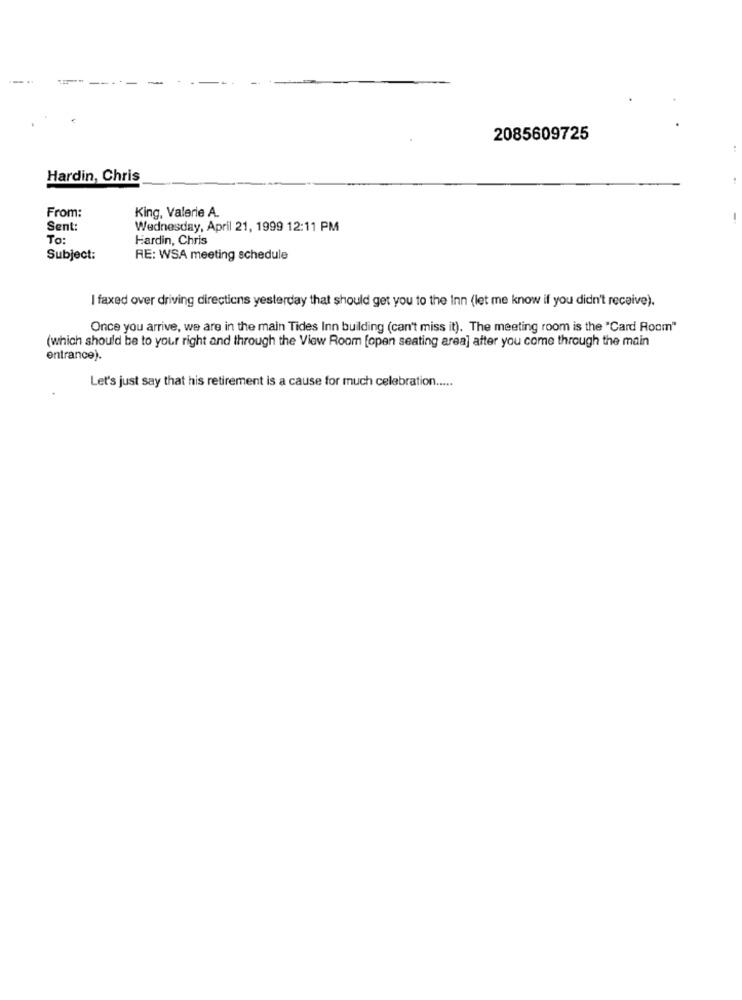
2085609725
Hardin, Chris
From:
King, Valerie A.
Sent:
Wednesday, April 21, 1999 12:11 PM
To:
Hardin, Chris
Subject:
RE: WSA meeting schedule
I faxed over driving directions yesterday that should get you to the Inn (let me know if you didn't receive).
Once you arrive, we are in the main Tides Inn building (can't miss it). The meeting room is the "Card Room"
(which should be to your right and through the View Room [open seating area] after you come through the main
entrance).
Let's just say that his retirement is a cause for much celebration .....